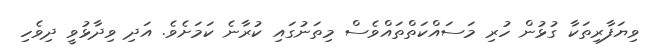
ވިޔަފާރިތަކާ ގުޅުން ހުރި މަސައްކަތްތައްވެސް މިތަނުގައި ކުރާނެ ކަމަށެވެ. އަދި ވިދާޅުވީ ދިވެހި